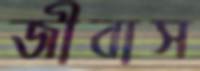
জীবাস